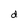
Character: d